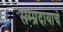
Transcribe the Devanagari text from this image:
सम्प्रदायाचे